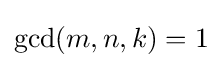
\gcd(m,n,k)=1